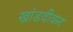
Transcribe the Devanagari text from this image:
खांडवीकर